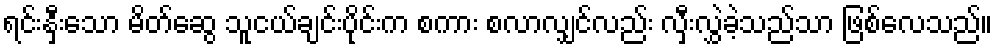
ရင်းနှီးသော မိတ်ဆွေ သူငယ်ချင်းပိုင်းက စကား စလာလျှင်လည်း လှီးလွှဲခဲ့သည်သာ ဖြစ်လေသည်။